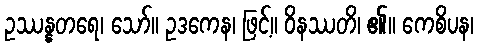
ဥဿန္နတရေ၊ သော်။ ဥဒကေန၊ ဖြင့်။ ဝိနဿတိ၊ ၏။ ကေစိပန၊